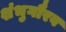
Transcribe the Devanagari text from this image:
शंभुगौरव